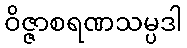
ဝိဇ္ဇာစရဏသမ္ပဒါ